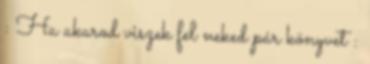
: Ha akarod viszek fel neked pár könyvet :